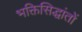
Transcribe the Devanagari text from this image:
भक्तिसिद्धांतों